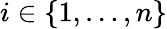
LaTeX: i\in\{ 1,\ldots,n\}